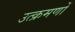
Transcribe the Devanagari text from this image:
उत्क्रमणों